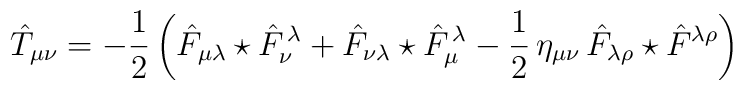
\hat{T}_{\mu\nu} = -\frac{1}{2} \left(\hat{F}_{\mu\lambda}\star\hat{F}_{\nu}^{\,\lambda} + \hat{F}_{\nu\lambda}\star\hat{F}_{\mu}^{\,\lambda} - \frac{1}{2}\,\eta_{\mu\nu}\,\hat{F}_{\lambda\rho}\star\hat{F}^{\lambda\rho}\right)